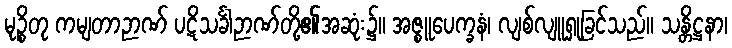
မုဉ္စိတု ကမျတာဉာဏ် ပဋိသင်္ခါဉာဏ်တို့၏အဆုံး၌။ အဇ္စူပေက္ခနံ၊ လျစ်လျူရှုခြင်သည်။ သန္တိဋ္ဌနာ၊